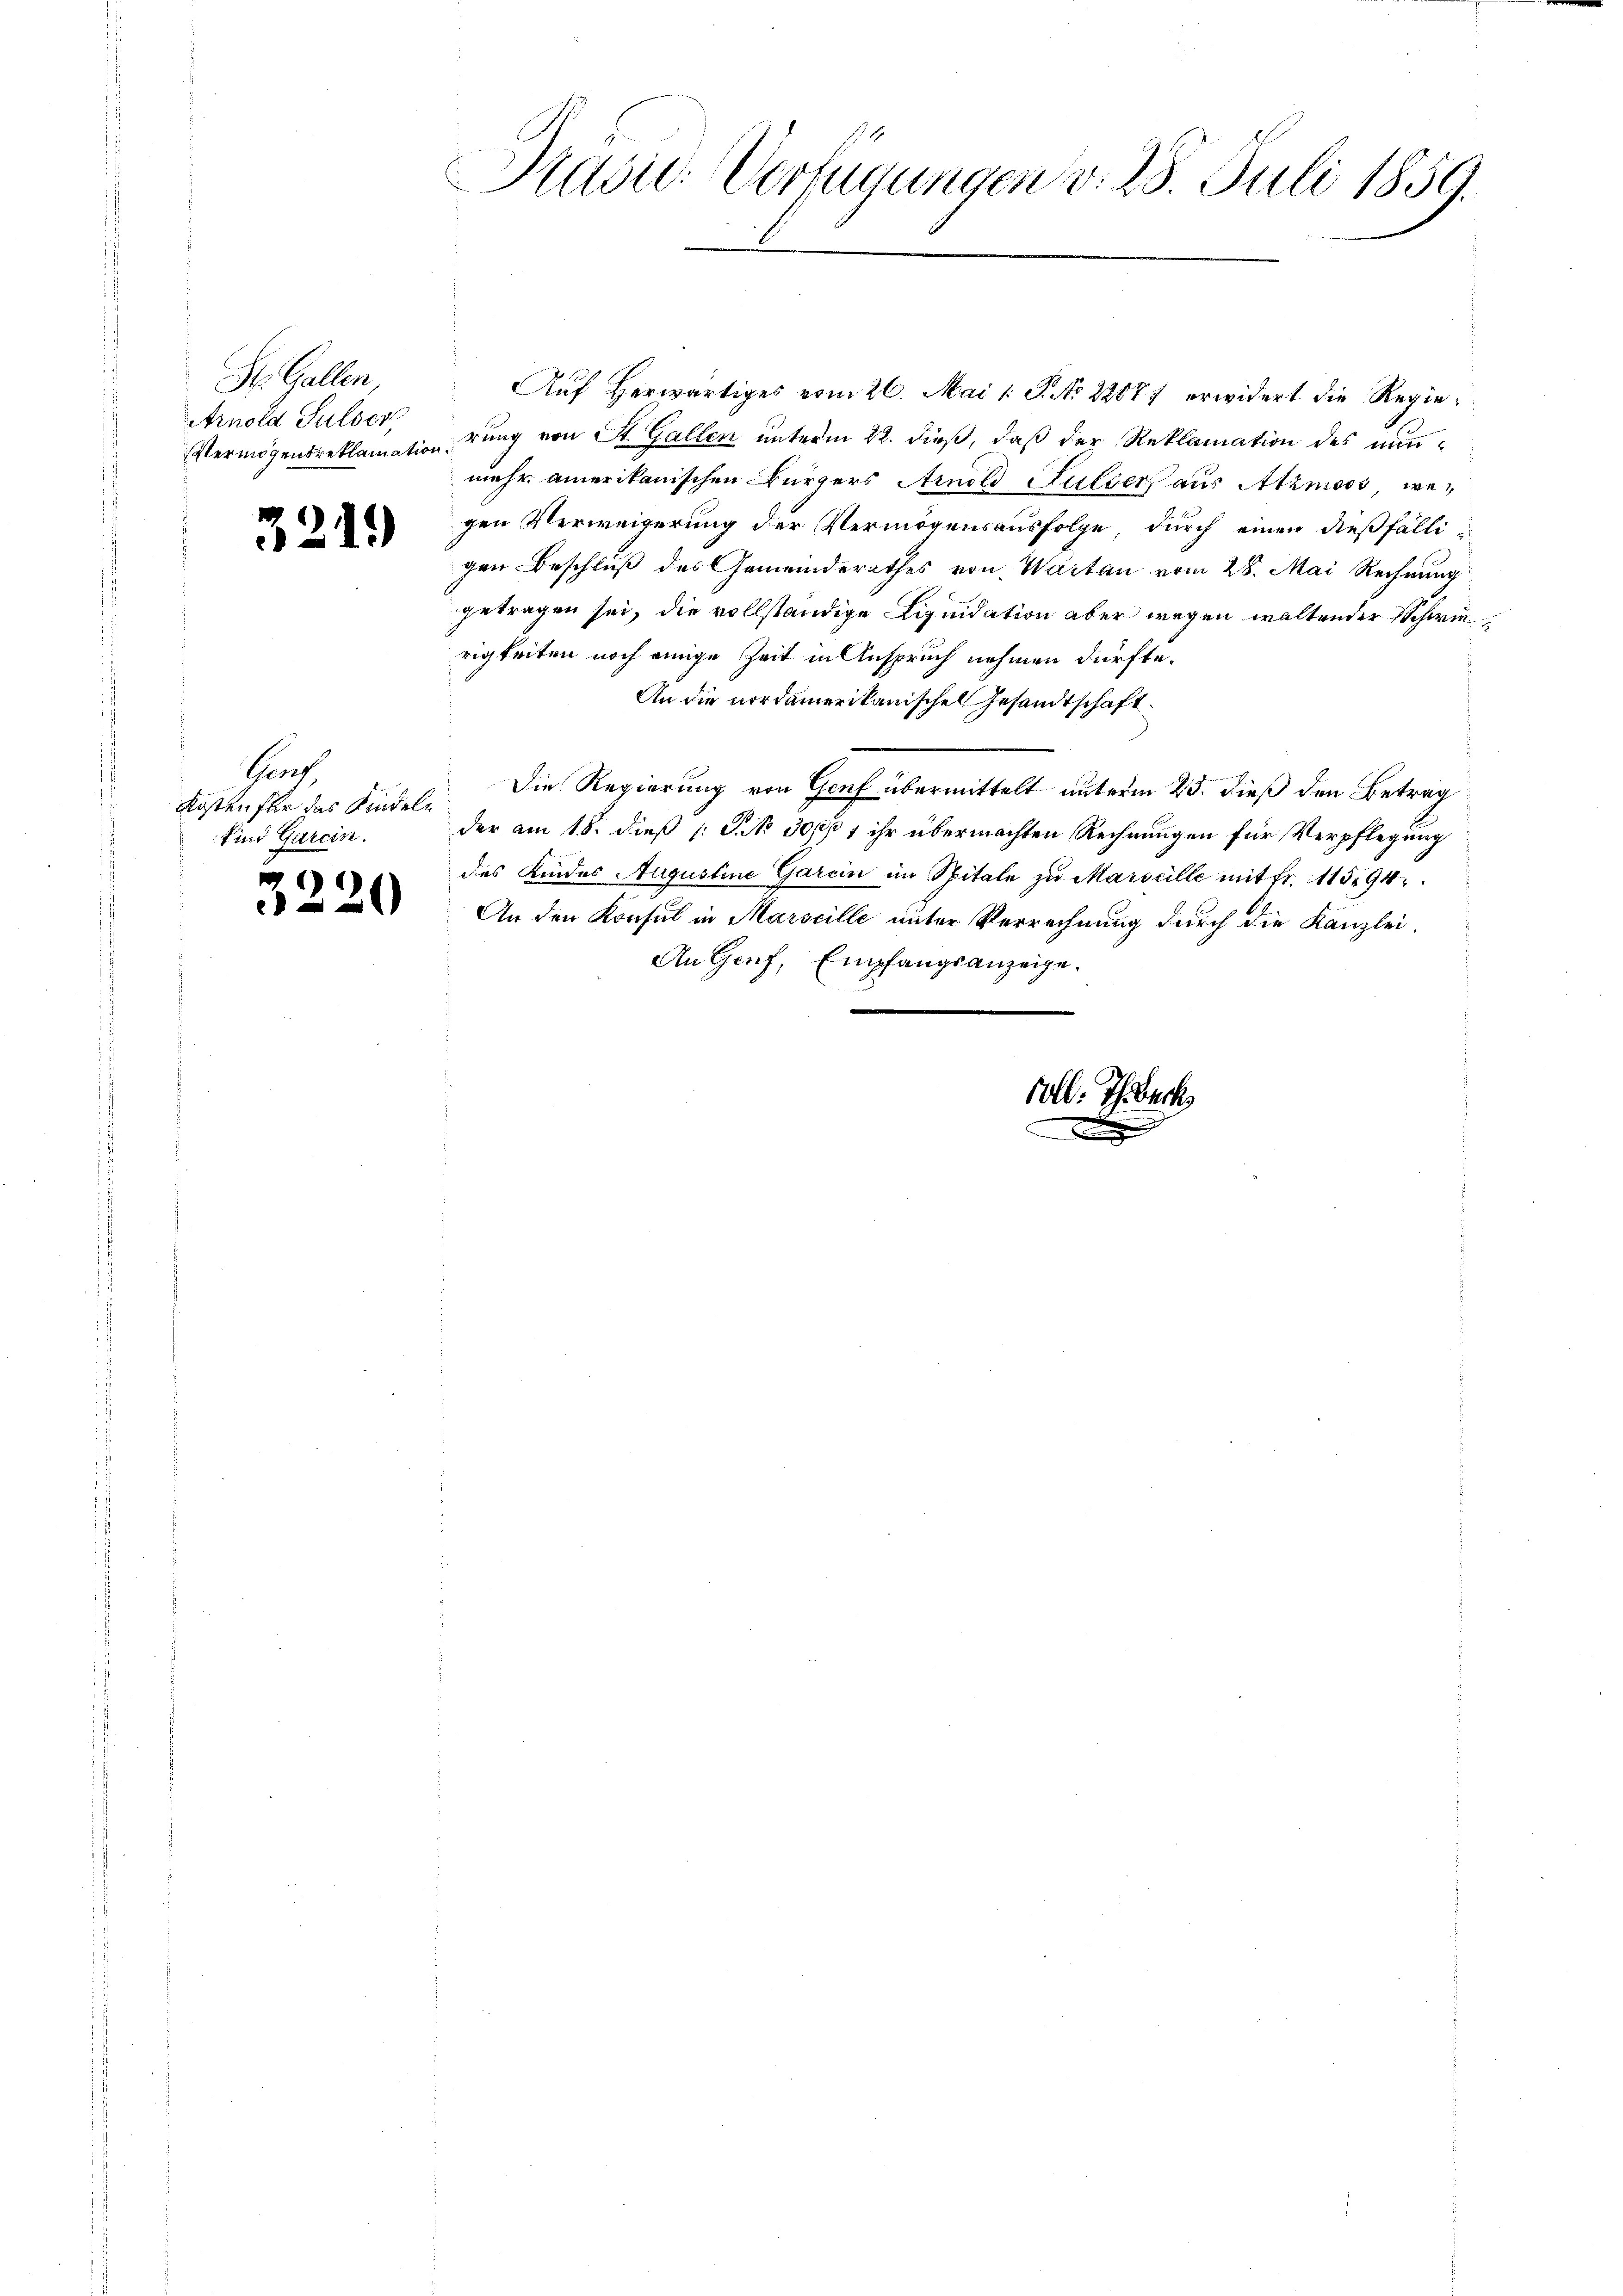
St. Gallen,
Arnold Sulser

32.

11)

Aŭf herwärtiges vom 26. Mai l. J. No 22077 erwidert die Regie¬
Vermögensreklamation rung von St. Gallen unterm 22. dieß, daß der Reklamation des nunmehr amerikanischen Bürgers Arnold Sulzer aus Atzmoos, wegen Verweigerung der Vermögensausfolge, durch einen dießfälligen Beschluß des Gemeinderathes von Wartan vom 28. Mai Rechnung
getragen sei, die vollständige Liquidation aber wegen waltender Schwierigkeiten noch einige Zeit in Anspruch nehmen dürfte.
An die nordamerikanischen Gesandtschaft.
Die Regierung von Genf übermittelt unterm 25. dieß den Betrag
der am 15. dieß P. No 301901 ihr übermachten Rechnungen für Verpflegung
des Kindes Augustine Garcin im Spitale zu Marseille mit fr. 115194
An den Konsul in Marseille unter Verrechnung durch die Kanzlei-
An Genf, Empfangsanzeige.

Graf
Kosten für das Kindeln
sind Garein.

)
20

Präsid. Verfügungen v. 28. Juli 1859.

soll. Ich erk

.